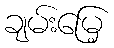
ချမ်းမြေ့